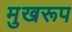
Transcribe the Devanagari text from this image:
मुखरूप